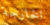
الخارجة